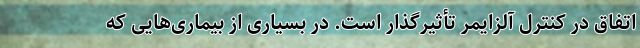
اتفاق در کنترل آلزایمر تأثیرگذار است. در بسیاری از بیماری‌هایی که